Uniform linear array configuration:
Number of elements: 16
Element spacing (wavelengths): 0.75
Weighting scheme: blackman
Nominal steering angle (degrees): -45
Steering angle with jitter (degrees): -46.535
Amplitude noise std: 0.05
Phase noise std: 0.05

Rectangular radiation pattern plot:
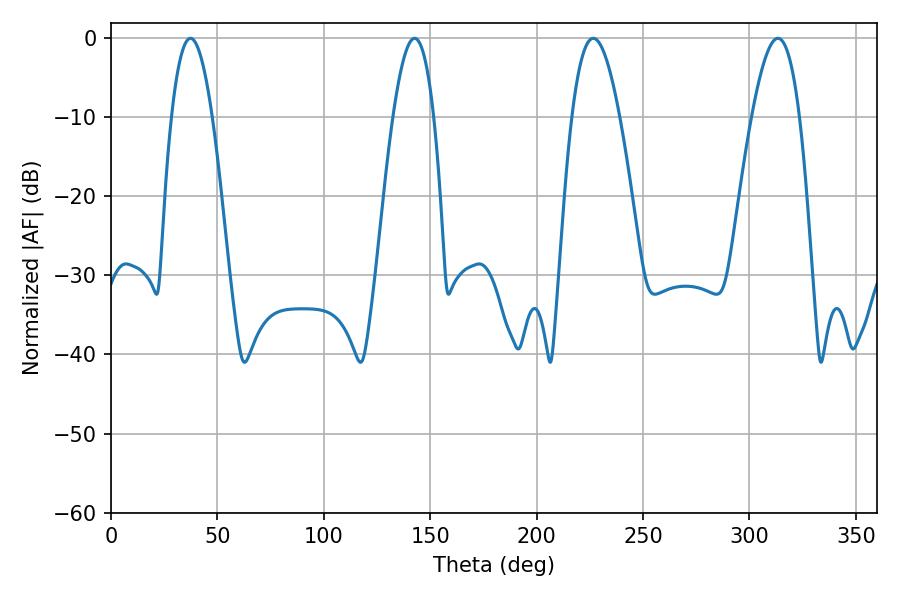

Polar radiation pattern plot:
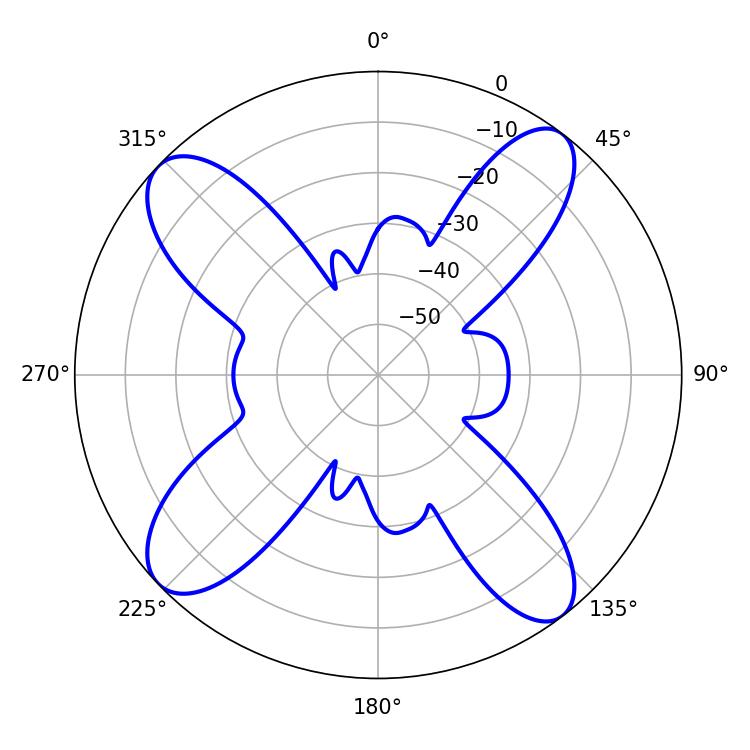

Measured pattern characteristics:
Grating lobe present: TRUE
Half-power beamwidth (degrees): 12.24
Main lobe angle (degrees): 226.62